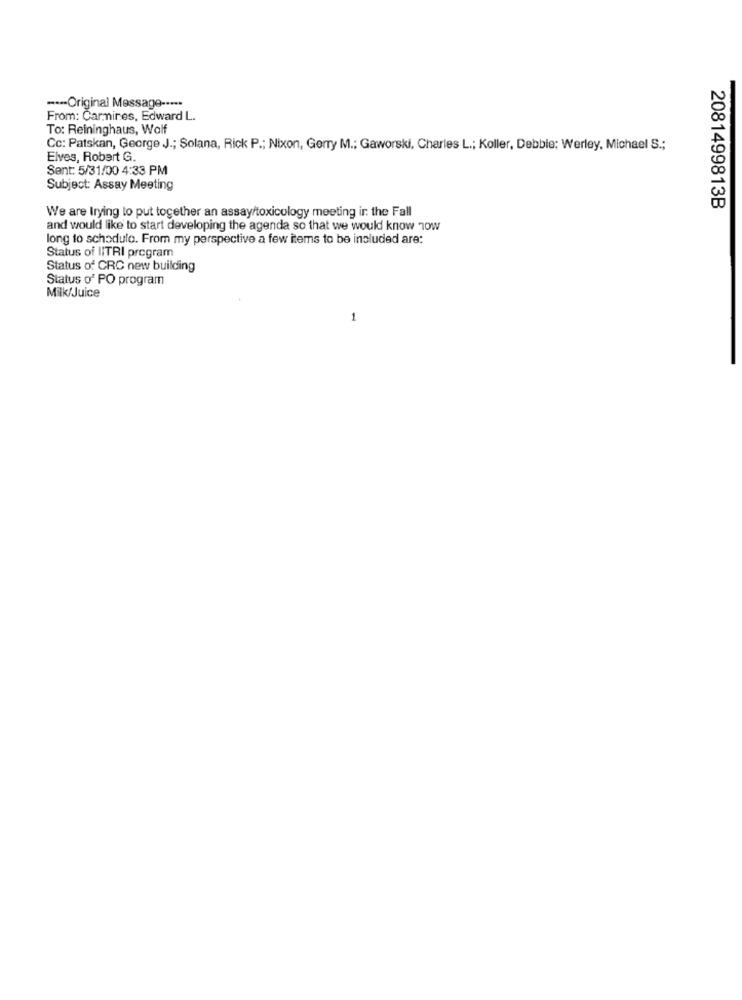
---- Original Message -----
From: Carmines, Edward L.
To: Reininghaus, Wolf
Cc: Patskan, George J .; Solana, Rick P .; Nixon, Gerry M .; Gaworski, Charles L .; Koller, Debbie: Werley, Michael S .;
Elves, Robert G.
Sent: 5/31/00 4:33 PM
Subject: Assay Meeting
2081499813B
We are Irying to put together an assay/toxicology meeting in the Fall
and would like to start developing the agenda so that we would know how
long to schodule. From my perspective a few items to be included are:
Status of IITRI program
Status of CRC new building
Status o' PO program
Milk/Juice
1